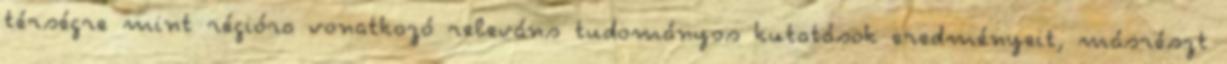
térségre mint régióra vonatkozó releváns tudományos kutatások eredményeit, másrészt